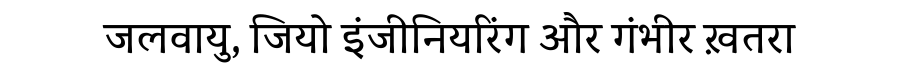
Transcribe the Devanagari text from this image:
जलवायु, जियो इंजीनियरिंग और गंभीर ख़तरा